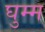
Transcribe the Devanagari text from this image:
घुम्म